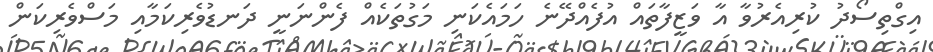
އިގްތިސޯދު ކުރިއެރުވާ އާ ވަޒީފާތައް އުފެއްދޭނެ ހަމައެކަނި މަގުތަކެއް ފެންނަނީ ދަނޑުވެރިކަމާއި މަސްވެރިކަން